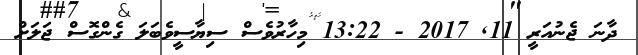
ދާނަ ޖެނުއަރީ 11